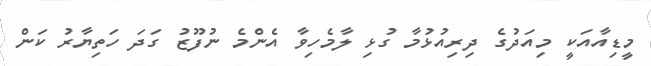
މީޑިއާއަކީ މިއަދުގެ ދިރިއުޅުމާ ގުޅި ލާމެހިވާ އެންމެ ނުފޫޒު ގަދަ ހަތިޔާރު ކަން